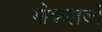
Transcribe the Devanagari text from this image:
गोकलजी